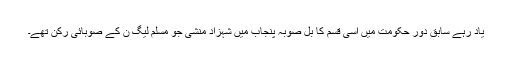
یاد رہے سابق دورِ حکومت میں اسی قسم کا بل صوبہ پنجاب میں شہزاد منشی جو مسلم لیگ ن کے صوبائی رکن تھے۔